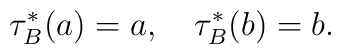
\tau^{*}_{B}(a) = a, \quad \tau^{*}_{B}(b) = b.